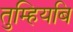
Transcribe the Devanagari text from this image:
तुम्हियबि